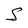
Character: S